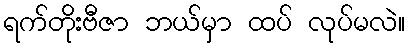
ရက်တိုးဗီဇာ ဘယ်မှာ ထပ် လုပ်မလဲ။